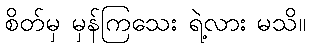
စိတ်မှ မှန်ကြသေး ရဲ့လား မသိ။